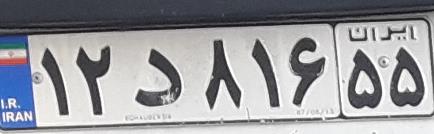
۱۲د۸۱۶۵۵